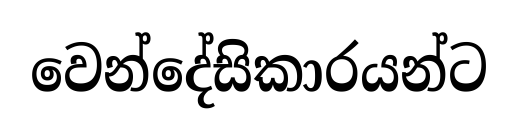
වෙන්දේසිකාරයන්ට